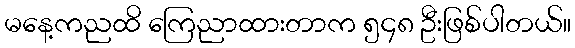
မနေ့ကညထိ ကြေညာထားတာက ၅၄၈ ဦးဖြစ်ပါတယ်။